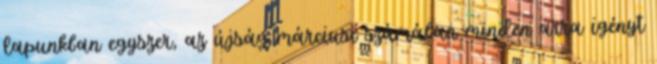
lapunkban egyszer, az újság márciusi számában minden arra igényt